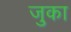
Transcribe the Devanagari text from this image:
जुका